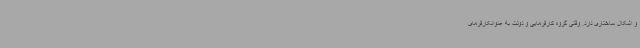
و اشکال ساختاری دارد. وقتی گروه کارفرمایی و دولت به عنوانکارفرمای